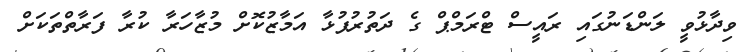
ވިދާޅުވީ ލަންޑަނުގައި ރައީސް ޓްރަމްޕް ގެ ދަތުރުފުޅާ އަމާޒުކޮށް މުޒާހަރާ ކުރާ ފަރާތްތަކަށް